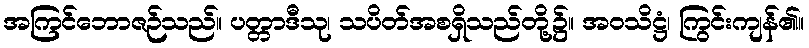
အကြင်ဘောဇဉ်သည်။ ပတ္တာဒီသု၊ သပိတ်အစရှိသည်တို့၌။ အဝသိဋ္ဌံ၊ ကြွင်းကျန်၏။